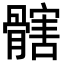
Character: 𩪃